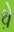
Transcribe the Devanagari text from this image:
थे़